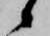
候